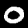
Label: 0